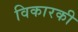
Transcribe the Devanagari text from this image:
विकारकी